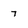
Character: 7